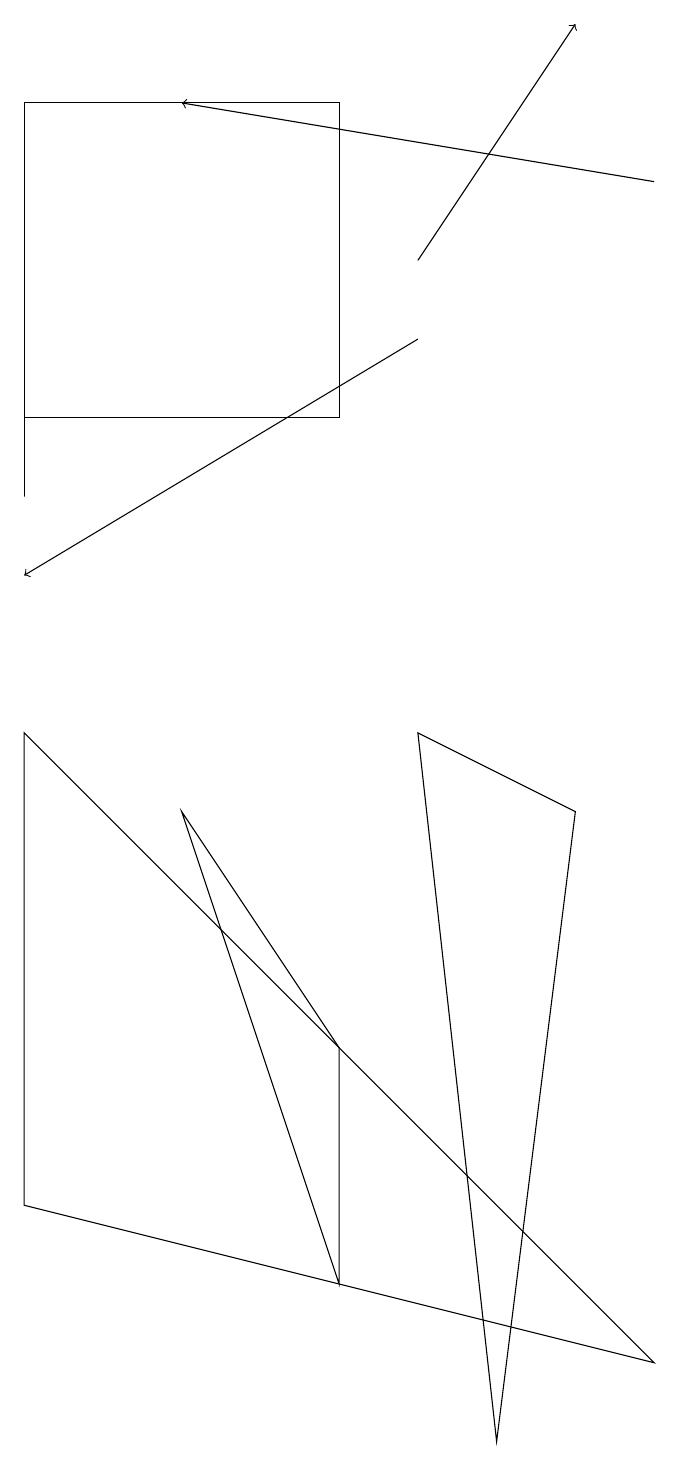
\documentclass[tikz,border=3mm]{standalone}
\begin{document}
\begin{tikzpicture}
\draw[->] (5,15) -- (7,18);
\draw (0,17) rectangle (4,13);
\draw[->] (5,14) -- (0,11);
\draw (0,12) rectangle (0,15);
\draw (4,2) -- (2,8) -- (4,5) -- cycle;
\draw[->] (8,16) -- (2,17);
\draw (5,9) -- (6,0) -- (7,8) -- cycle;
\draw (8,1) -- (0,3) -- (0,9) -- cycle;
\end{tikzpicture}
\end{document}